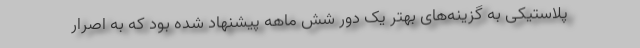
پلاستیکی به گزینه‌های بهتر یک دور شش ماهه پیشنهاد شده بود که به اصرارِ